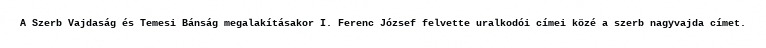
A Szerb Vajdaság és Temesi Bánság megalakításakor I. Ferenc József felvette uralkodói címei közé a szerb nagyvajda címet.